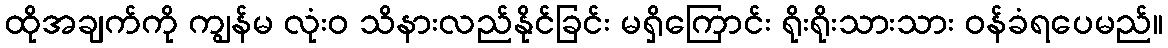
ထိုအချက်ကို ကျွန်မ လုံးဝ သိနားလည်နိုင်ခြင်း မရှိကြောင်း ရိုးရိုးသားသား ဝန်ခံရပေမည်။